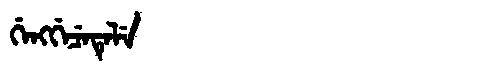
Manchu: ᡤᡝᠩᡤᡝᠴᡝᡨᡝᠯᡝ
Romanization: GENGGECETELE